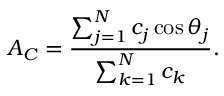
A _ { C } = \frac { \sum _ { j = 1 } ^ { N } c _ { j } \cos \theta _ { j } } { \sum _ { k = 1 } ^ { N } c _ { k } } .